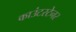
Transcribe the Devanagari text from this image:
काउंटरटेनर